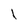
Character: I